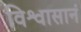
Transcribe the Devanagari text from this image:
विश्वासानं